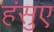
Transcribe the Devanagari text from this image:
हंसुए